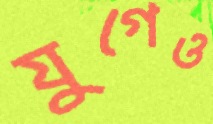
যুগেও